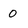
Character: 0